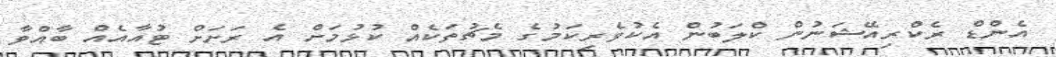
އެންޑް ރެކްރިއޭޝަނުން ކްލަބުން އެކުވެރިކަމުގެ މެޗުތަކެއް ކުޅުމަށް އެ ރަށަށް ޓުއާއެއް ބާއްވާ